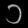
Digit: ၁